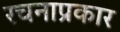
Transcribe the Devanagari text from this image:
रचनाप्रकार